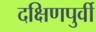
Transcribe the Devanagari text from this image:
दक्षिणपुर्वी